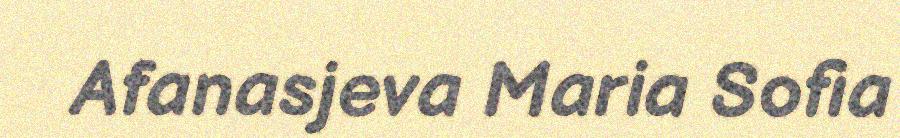
Afanasjeva Maria Sofia